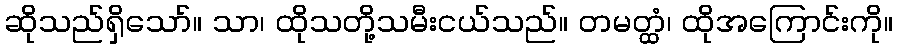
ဆိုသည်ရှိသော်။ သာ၊ ထိုသတို့သမီးငယ်သည်။ တမတ္ထံ၊ ထိုအကြောင်းကို။